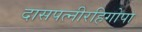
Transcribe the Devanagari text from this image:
दासपत्नीरहिगोपा